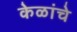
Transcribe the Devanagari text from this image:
केळांचे